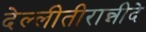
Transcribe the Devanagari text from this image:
देल्लीतीरान्नीदे